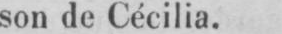
son de Cécilia.